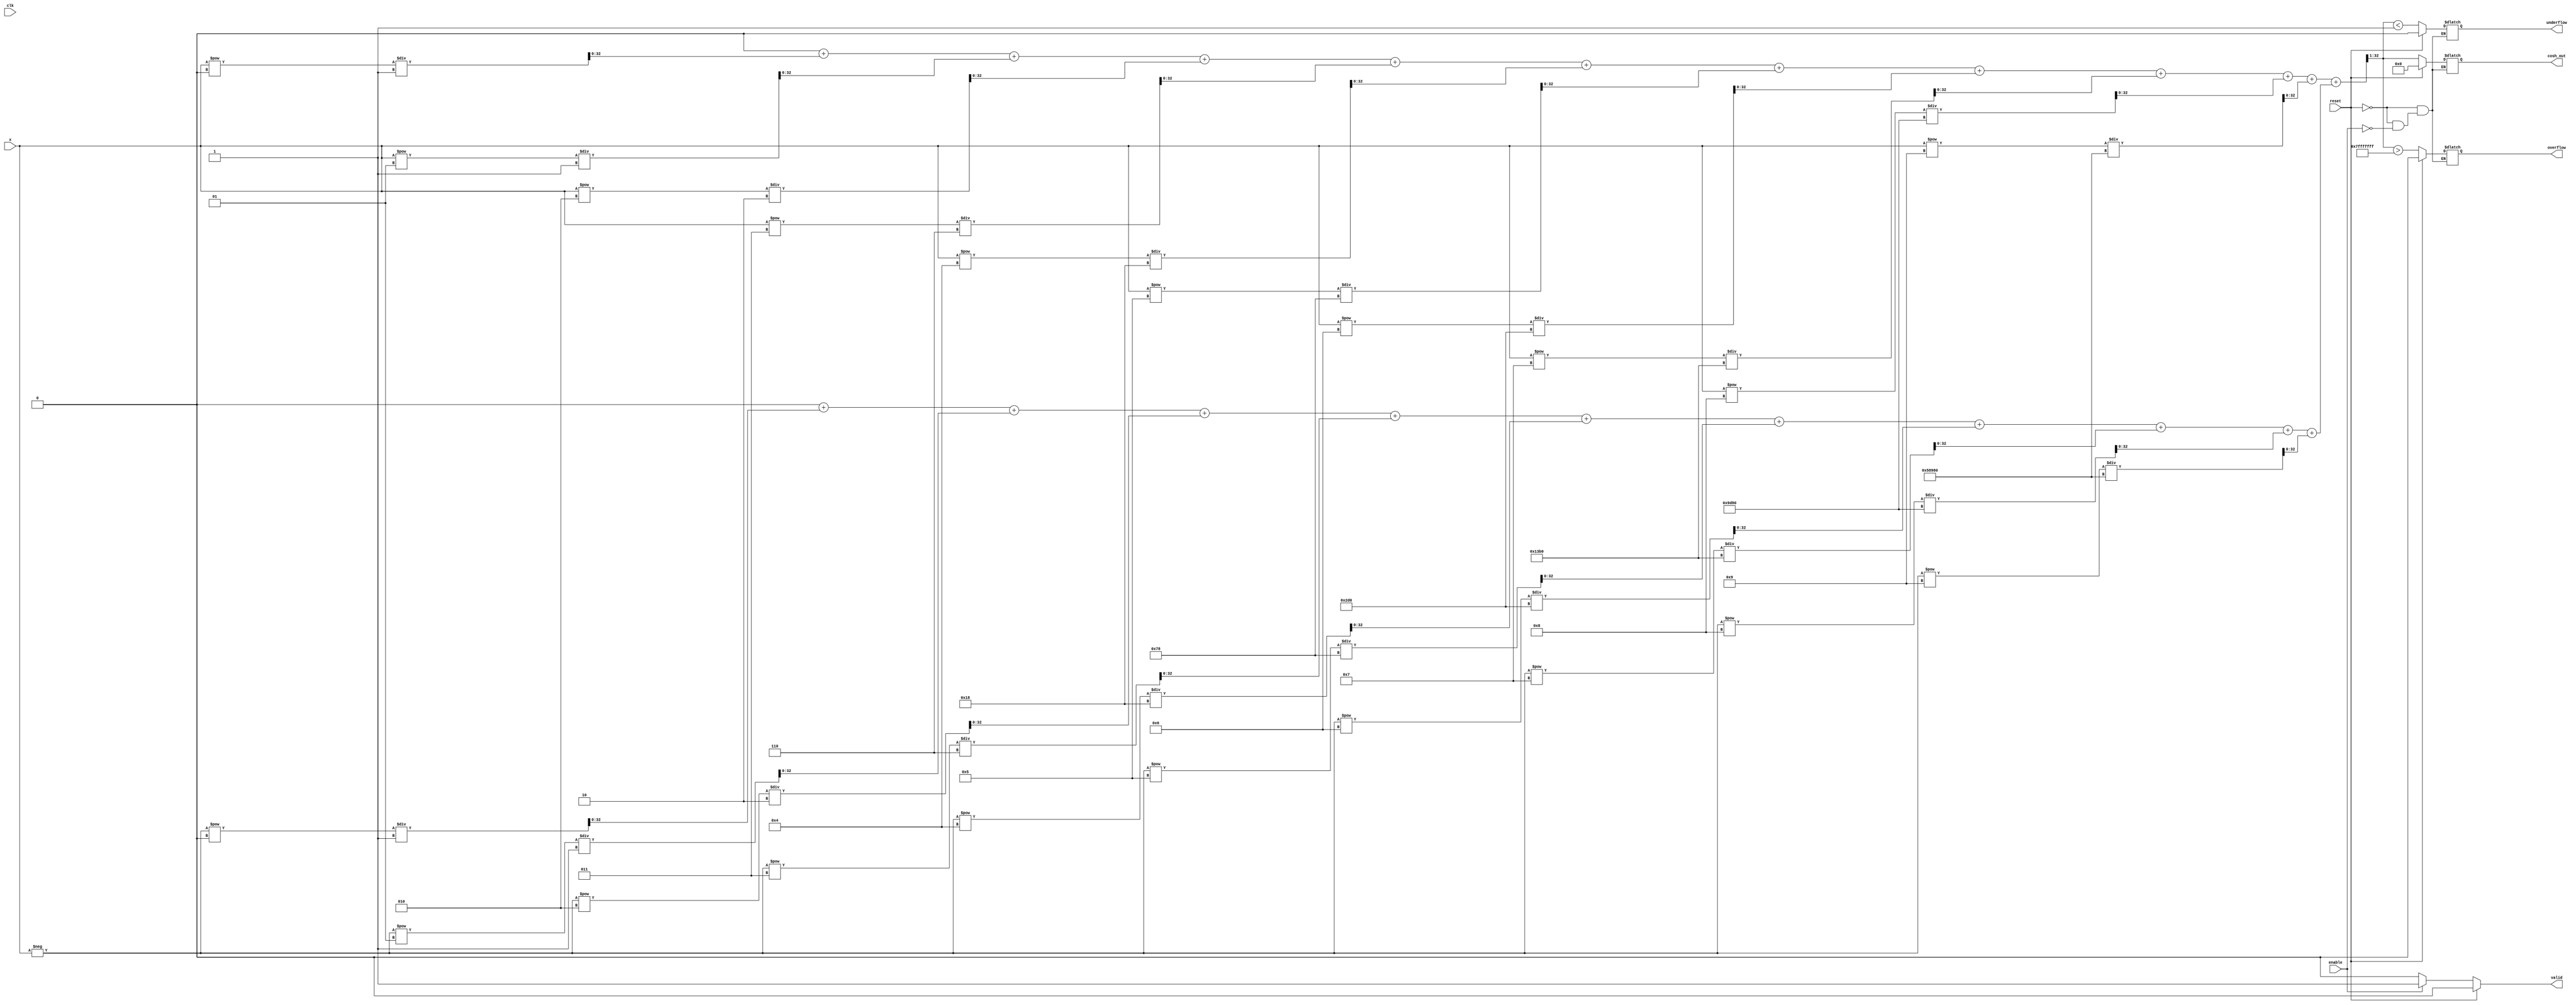
module hyperbolic_cosh #(
    parameter WIDTH = 32,          // Configurable input/output width (bits)
    parameter EXP_WIDTH = 16       // Width for exponential approximation
)(
    input  wire                  clk,        // Clock signal
    input  wire                  enable,     // Enable signal
    input  wire                  reset,      // Asynchronous reset
    input  wire [WIDTH-1:0]     x,          // Input signal
    output reg  [WIDTH-1:0]     cosh_out,   // Output signal (cosh(x))
    output reg                  valid,       // Output valid signal
    output reg                  overflow,    // Overflow flag
    output reg                  underflow     // Underflow flag
);

    // Internal signals
    reg [2 * WIDTH - 1:0] exp_x;          // Exponential approximation for e^x
    reg [2 * WIDTH - 1:0] exp_neg_x;      // Exponential approximation for e^-x
    reg [2 * WIDTH - 1:0] sum_exp;         // Sum for computing cosh(x)

    // Exponential Function (simple implementation for demonstration)
    function [2 * WIDTH - 1:0] exp_approx;
        input [WIDTH-1:0] value;
        integer i;
        reg [2 * WIDTH - 1:0] result;
        begin
            result = 0;
            // Taylor series approximation: e^x = 1 + x + x^2/2! + x^3/3! + ...
            for (i = 0; i < 10; i = i + 1) begin
                result = result + (value ** i) / factorial(i);
            end
            exp_approx = result;
        end
    endfunction

    // Factorial function
    function [2 * WIDTH - 1:0] factorial;
        input integer n;
        integer j;
        reg [2 * WIDTH - 1:0] fact;
        begin
            fact = 1;
            for (j = 1; j <= n; j = j + 1) begin
                fact = fact * j;
            end
            factorial = fact;
        end
    endfunction

    // Combinational logic to compute cosh(x)
    always @(*) begin
        if (reset) begin
            cosh_out = 0;
            valid = 0;
            overflow = 0;
            underflow = 0;
        end else if (enable) begin
            exp_x = exp_approx(x);
            exp_neg_x = exp_approx(-x);
            sum_exp = exp_x + exp_neg_x;

            // Compute cosh(x) = (e^x + e^-x) / 2
            cosh_out = sum_exp >> 1; // Right shift by 1 to divide by 2

            // Check for overflow/underflow (simple checks)
            overflow = (cosh_out > {1'b0, {WIDTH-1{1'b1}}}); // Check for overflow
            underflow = (cosh_out < 1); // Check for underflow (should not be negative)

            valid = 1; // Mark output as valid
        end else begin
            valid = 0; // Not valid if not enabled
        end
    end

endmodule